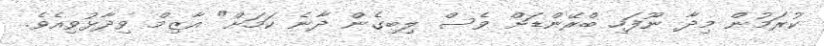
ކުރަމުން މިދާ ނޫފަހި ބްރޭންޑަށް ވެސް ލިބިގެން ދާނެ ކަމަށް" އާޒިމް ވިދާޅުވިއެވެ.